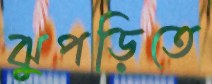
ঝুপড়িতে